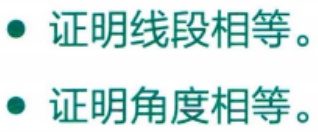
#NAME?